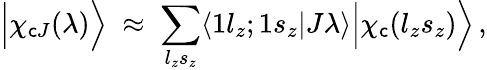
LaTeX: \Big|\chi_{\mathsf{c}J}(\lambda)\Big\rangle\; \approx\; \sum_{l_{z}s_{z}}\langle1l_{z};1s_{z}|J\lambda\rangle\Big|\chi_{\mathsf{c}}(l_{z}s_{z})\Big\rangle\, ,